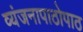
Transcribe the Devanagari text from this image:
व्यंजनापाठोपाठ